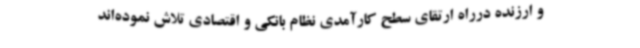
و ارزنده درراه ارتقای سطح کارآمدی نظام بانکی و اقتصادی تلاش نموده‌اند